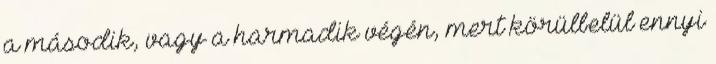
a második, vagy a harmadik végén, mert körülbelül ennyi